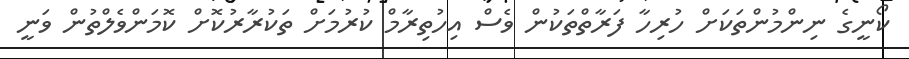
ކޯނީގެ ނިންމުންތަކަށް ހުރިހާ ފަރާތްތަކުން ވެސް އިހުތިރާމް ކުރުމަށް ތަކުރާރުކޮށް ކޮމަންވެލްތުން ވަނީ